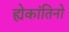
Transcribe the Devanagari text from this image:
ह्येकांतिनो